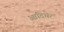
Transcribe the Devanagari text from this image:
आदिचेर